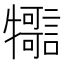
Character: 𤜊